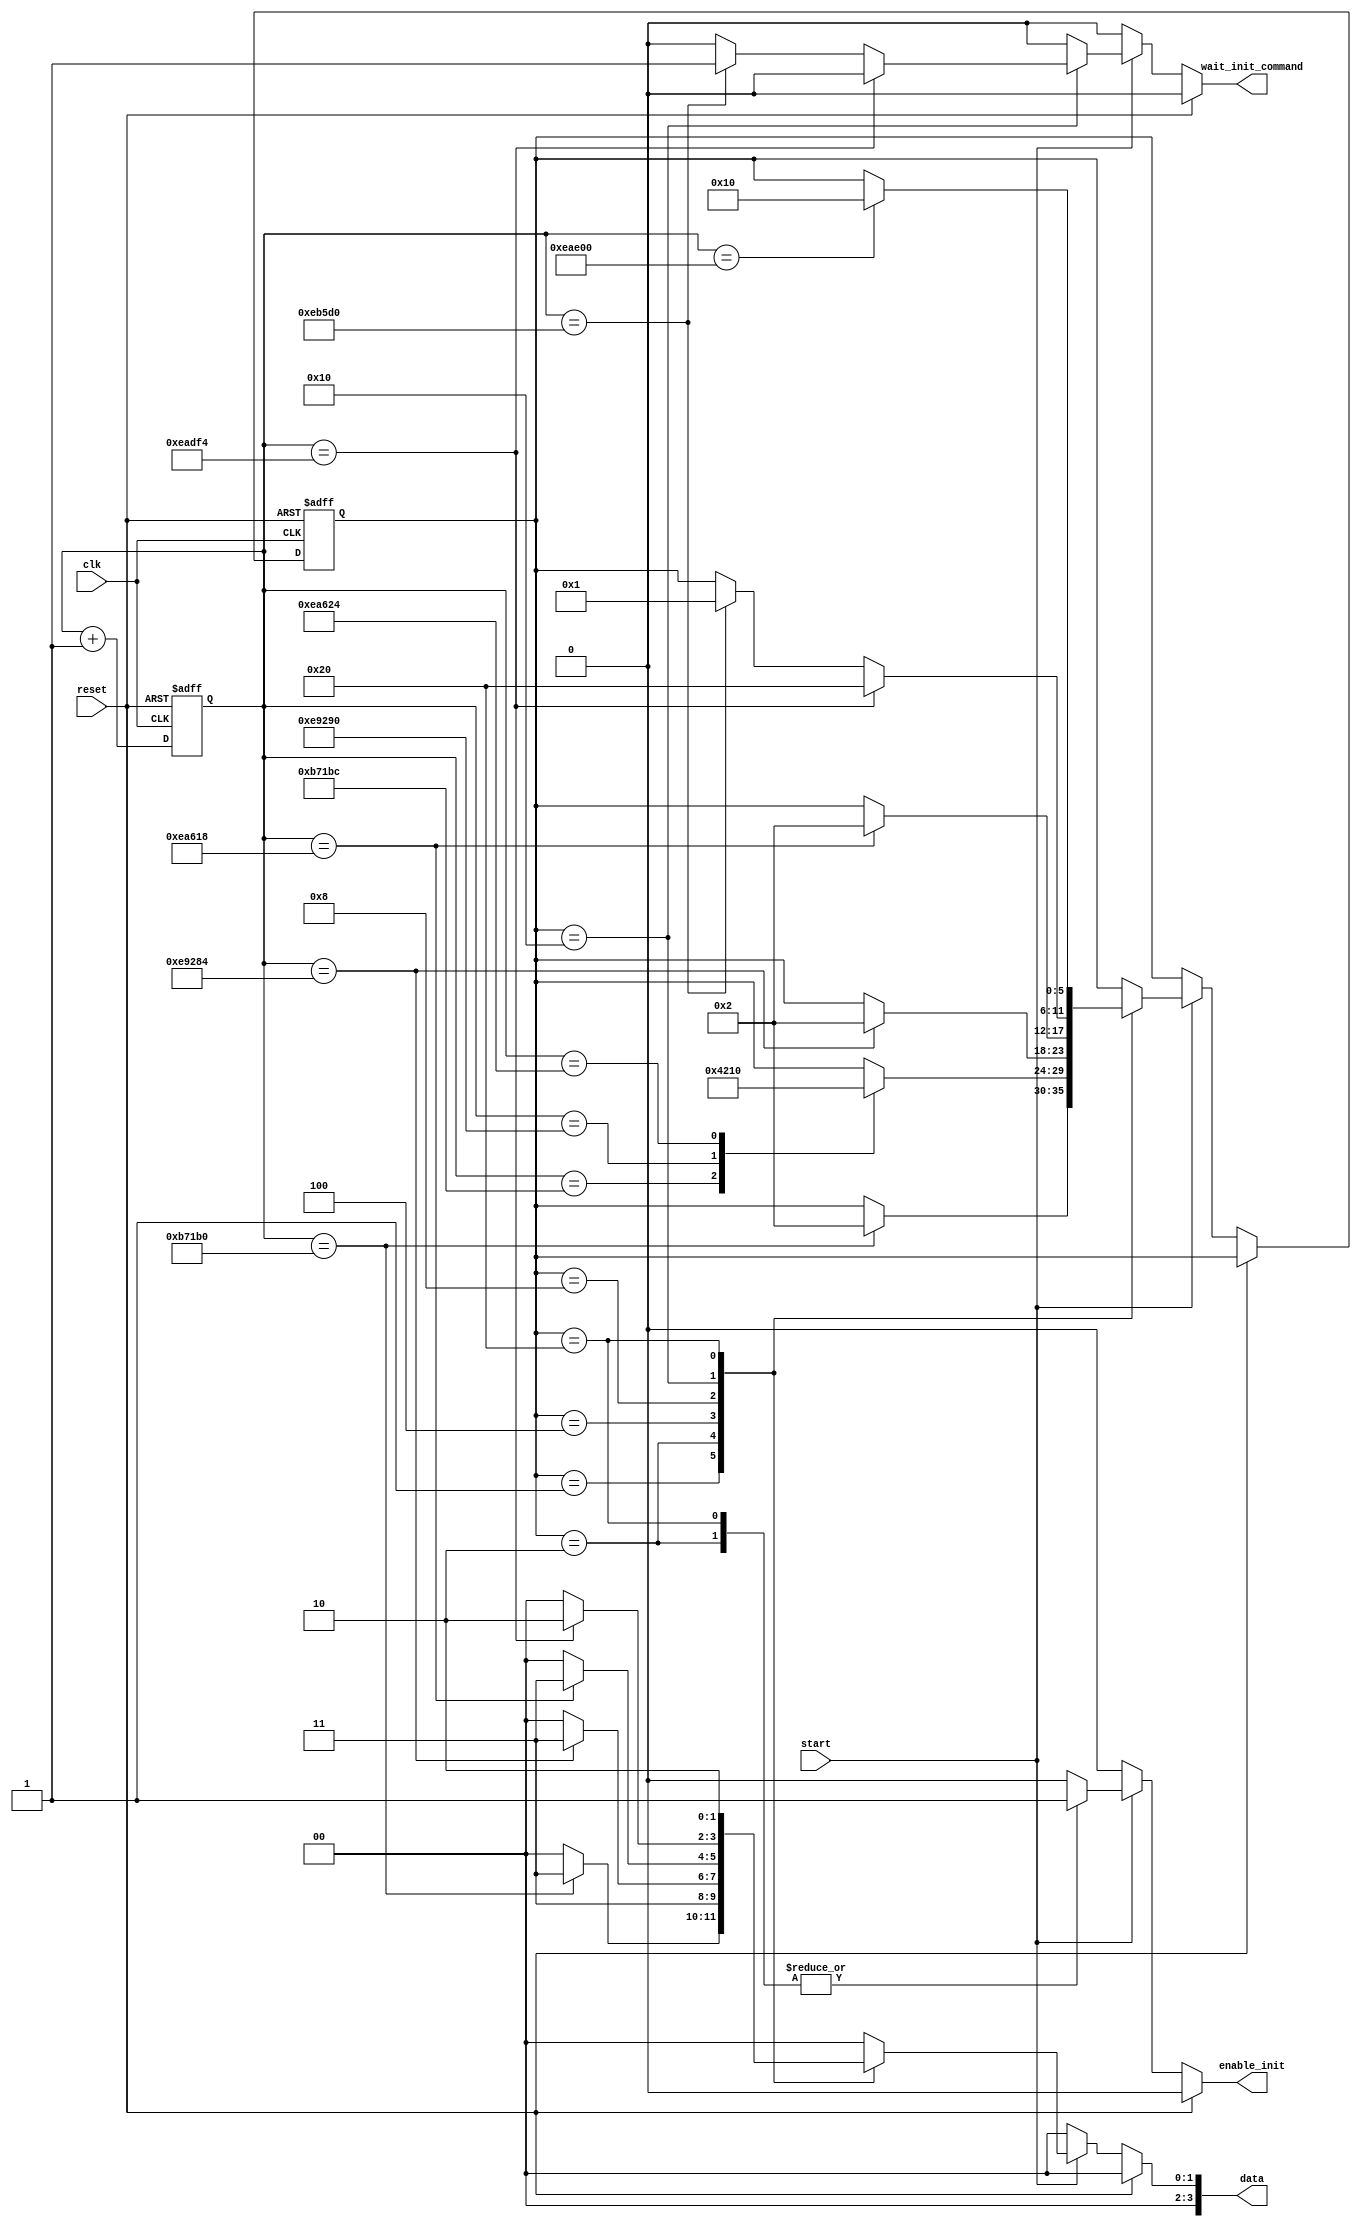
`timescale 1ns / 1ps
//////////////////////////////////////////////////////////////////////////////////
// Company: 
// 
// Design Name: 
// Module Name:    LCD_INITIAL 
// Project Name: 
// Target Devices: 
// Tool versions: 
// Description: 
//
// Dependencies: 
//
// Revision: 
// Revision 0.01 - File Created
// Additional Comments: 
//
//////////////////////////////////////////////////////////////////////////////////
module LCD_INITIAL(clk, reset, start, enable_init, wait_init_command, data);
	input clk, reset, start;
	output reg [3:0] data;
	output reg enable_init, wait_init_command;
	
	reg [5:0] Current_State, Next_State;
	reg [19:0]counter;//measure cycle in order to change state
	
	//STATE ENCODING
	parameter STATE_WAIT_15   = 6'b000001,
			  STATE_SF_D_3    = 6'b000010,
			  STATE_WAIT_4_1  = 6'b000100,
			  STATE_WAIT_100  = 6'b001000,
			  STATE_WAIT_40   = 6'b010000,
			  STATE_SF_D_2    = 6'b100000;
	
	//State Registers - Sequential//
	always@(posedge clk or posedge reset)
	begin
		if(reset) 
		begin
			Current_State = STATE_WAIT_15;
			counter = 20'd0;
		end
		else 
		begin
			counter = counter + 1;
			Current_State = Next_State;
			
		end
	end
	
	always@(reset or Current_State or start or counter)
	begin
		if(reset)//reset initialize 
		begin
			enable_init = 1'b0;
			wait_init_command = 1'b0;
			Next_State = Current_State;
			data = 4'b0;
		end
		else 
		begin
			if (start)//start = 1 so run initial, else run configuration
			begin
				enable_init = 1'b0;
				wait_init_command = 1'b0;
				Next_State = Current_State;
				data = 4'd0;
				case (Current_State)
					STATE_WAIT_15://wait 15ms before sent SF_D = 3
					begin
						if(counter == 20'd750000)//check counter to go to next state
						begin
							Next_State = STATE_SF_D_3;
							data = 4'd3; //assign the value number one cycle before-setup
						end
					end
					STATE_SF_D_3://sent data for 12 cycle
					begin
						enable_init = 1'b1;//enadle init = 1 to make LCD_E = 1
						data = 4'd3;
						case (counter)//check counter in order to know which state is next
							20'd750012: Next_State = STATE_WAIT_4_1;//wait 4.1ms
							20'd955024: Next_State = STATE_WAIT_100;//wait 100s
							20'd960036: Next_State = STATE_WAIT_40;//wait 100s
						endcase
						
					end
					STATE_WAIT_4_1://wait 4.1ms
					begin
						if (counter == 20'd955012)//check counter to go to next state
						begin
							Next_State = STATE_SF_D_3;
							data = 4'd3;//assign the value number one cycle before-setup
						end
					end
					STATE_WAIT_100://wait 100s
					begin
						if (counter == 20'd960024)//check counter to go to next state
						begin
							Next_State = STATE_SF_D_3;
							data = 4'd3;//assign the value number one cycle before-setup
						end
					end
					STATE_WAIT_40://wait 100s
					begin//check counter to go to next state
						if (counter == 20'd962036)
						begin
							Next_State = STATE_SF_D_2;
							data = 4'd2;//assign the value number one cycle before-setup
						end
						else if (counter == 20'd964048)
						begin
							Next_State = STATE_WAIT_15;
							wait_init_command = 1'b1;//initial finish. sent wait init command = 1 for 1 cycle to know other module that initial has finished
						end
					end
					STATE_SF_D_2://sent data for 12 cycle
					begin
						enable_init = 1'b1;//enadle init = 1 to make LCD_E = 1
						data = 4'd2;
						if (counter == 20'd962048)//check counter to go to next state
						begin
							Next_State = STATE_WAIT_40;
						end
					end
					default:
					begin
						data = 4'd0;
						enable_init = 1'b0;
					end
				endcase
			end
			else
			begin
				wait_init_command = 1'b0;
				Next_State = Current_State;
				data = 4'd0;
				enable_init = 1'b0;
			end
		end
	end	

endmodule